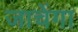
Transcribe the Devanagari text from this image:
जाचेंगा